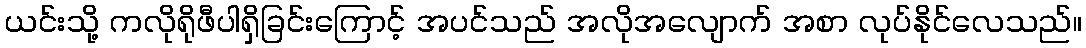
ယင်းသို့ ကလိုရိုဖီပါရှိခြင်းကြောင့် အပင်သည် အလိုအလျောက် အစာ လုပ်နိုင်လေသည်။